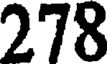
278